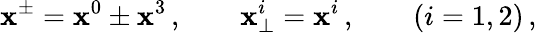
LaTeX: \mathbf{x}^{\pm}=\mathbf{x}^{0}\pm\mathbf{x}^{3}\, ,\quad\quad\mathbf{x}_{\bot}^{i}=\mathbf{x}^{i}\, ,\quad\quad(i=1,2)\, ,